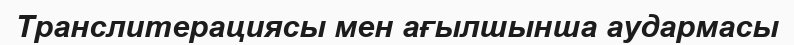
Транслитерациясы мен ағылшынша аудармасы